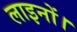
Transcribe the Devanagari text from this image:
लाइनों।